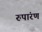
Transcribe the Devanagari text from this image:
रुपांरण